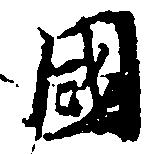
国